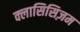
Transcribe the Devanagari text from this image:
क्लासिसिज़म